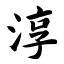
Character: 淳